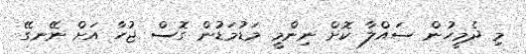
މި ދެމީހުން ސައްލާ ކޮށް ނިންމީ މަޑުމަޑުން ގޮސް ޖުހާ އަށް ނޭނގޭ